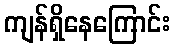
ကျန်ရှိနေကြောင်း